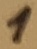
Text: 1